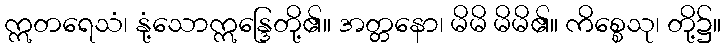
ဣတရေသံ၊ နုံ့သောဣန္ဒြေတို့၏။ အတ္တနော၊ မိမိ မိမိ၏။ ကိစ္စေသု၊ တို့၌။